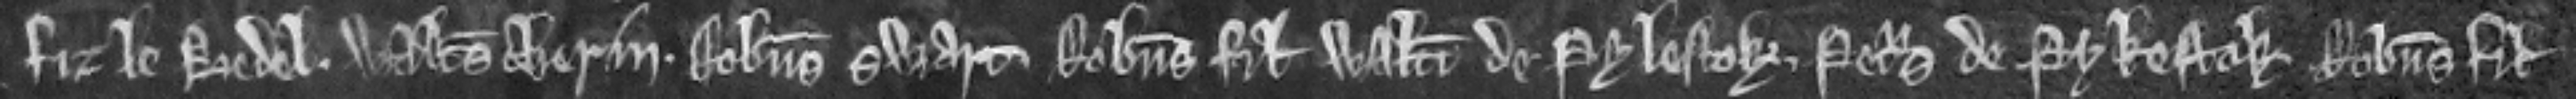
fiz le Bedel. Walterus Cherin. Robertus Swart. Robertus filius Walteri de Pylestok. Petrus de Pykestok. Robertus filius